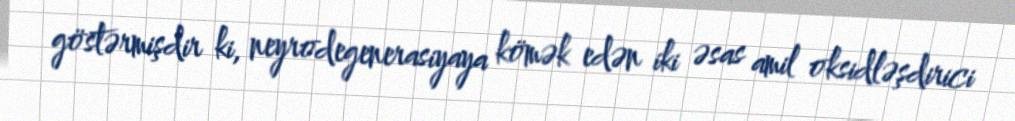
göstərmişdir ki, neyrodegenerasiyaya kömək edən iki əsas amil oksidləşdirici